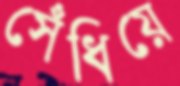
সেঁধিয়ে